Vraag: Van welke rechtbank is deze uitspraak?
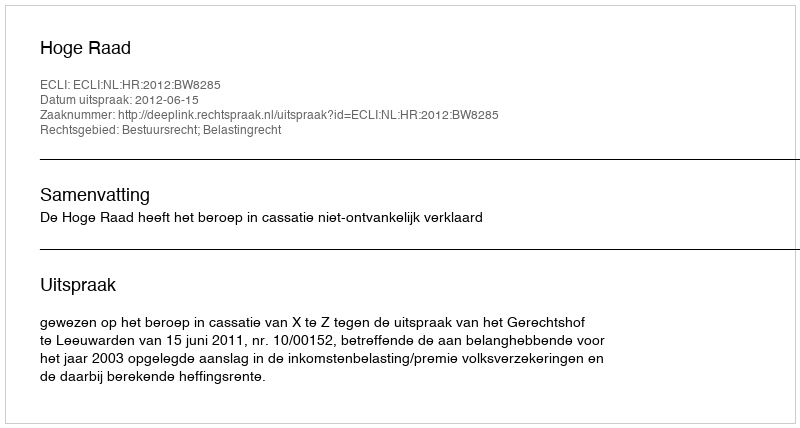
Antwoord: Hoge Raad